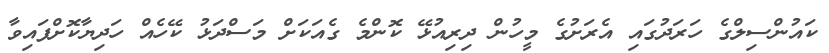
ކައުންސިލްގެ ހަރަދުގައި އެރަށުގެ މީހުން ދިރިއުޅޭ ކޮންމެ ގެއަކަށް މަސްދަޅު ކޭހެއް ހަދިޔާކޮށްފައިވާ